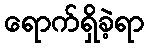
ရောက်ရှိခဲ့ရာ